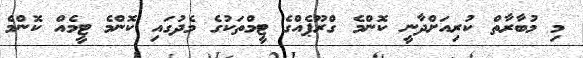
މި މުބާރާތް ކުރިއަށްދާނީ ކޮންމެ ގްރޫޕެއްގެ ޓީމްތަކުގެ މެދުގައި ކޮންމެ ޓީމެއް ކޮންމެ